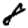
Digit: 8